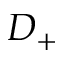
D _ { + }